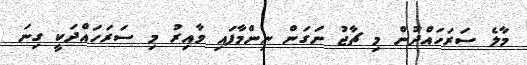
މާލެ ސަރަހައްދުން މި ޗާޖު ނަގަން ނިންމާފައި ވާއިރު މި ސަރަހައްދަކީ ގިނަ